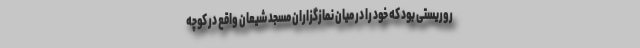
روریستی بود که خود را در میان نمازگزاران مسجد شیعان واقع در کوچه